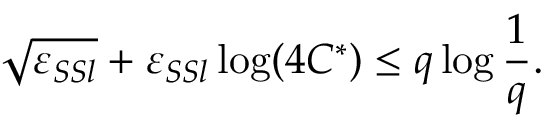
\sqrt { \varepsilon _ { S S l } } + \varepsilon _ { S S l } \log ( 4 C ^ { * } ) \leq q \log \frac { 1 } { q } .